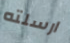
ارسلته